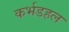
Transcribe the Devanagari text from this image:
कर्भडहल